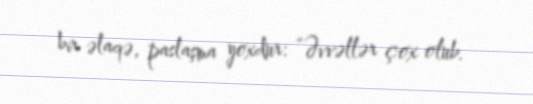
bir əlaqə, paslaşma yoxdur: “Əvvəllər çox olub.